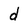
Character: d